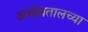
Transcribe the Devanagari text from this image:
अभोवतालच्या